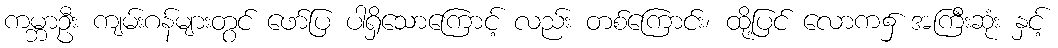
ကမ္ဘာဦး ကျမ်းဂန်များတွင် ဖော်ပြ ပါရှိသောကြောင့် လည်း တစ်ကြောင်း၊ ထို့ပြင် လောက၌ အကြီးဆုံး နှင့်